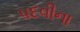
પદવીના